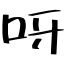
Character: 呀